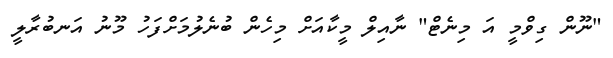
"ނޫން ގިވްމީ އަ މިނެޓް" ނާއިލް މީކާއަށް މިހެން ބުނެލުމަށްފަހު މޫނު އަނބުރާލީ